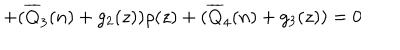
+ ( \overline { { { Q } } } _ { 3 } ( n ) + g _ { 2 } ( z ) ) \rho ( z ) + ( \overline { { { Q } } } _ { 4 } ( n ) + g _ { 3 } ( z ) ) = 0